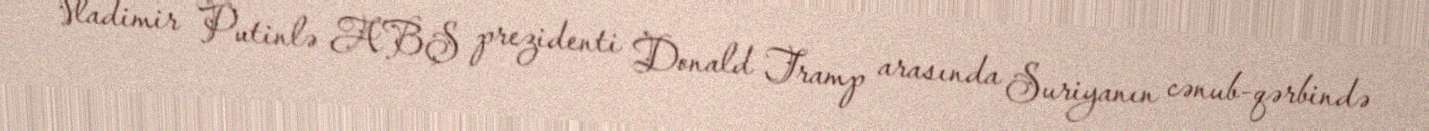
Vladimir Putinlə ABŞ prezidenti Donald Tramp arasında Suriyanın cənub-qərbində